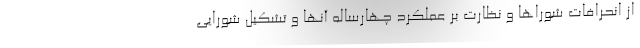
از انحرافات شوراها و نظارت بر عملکرد چهارساله آنها و تشکیل شورایی